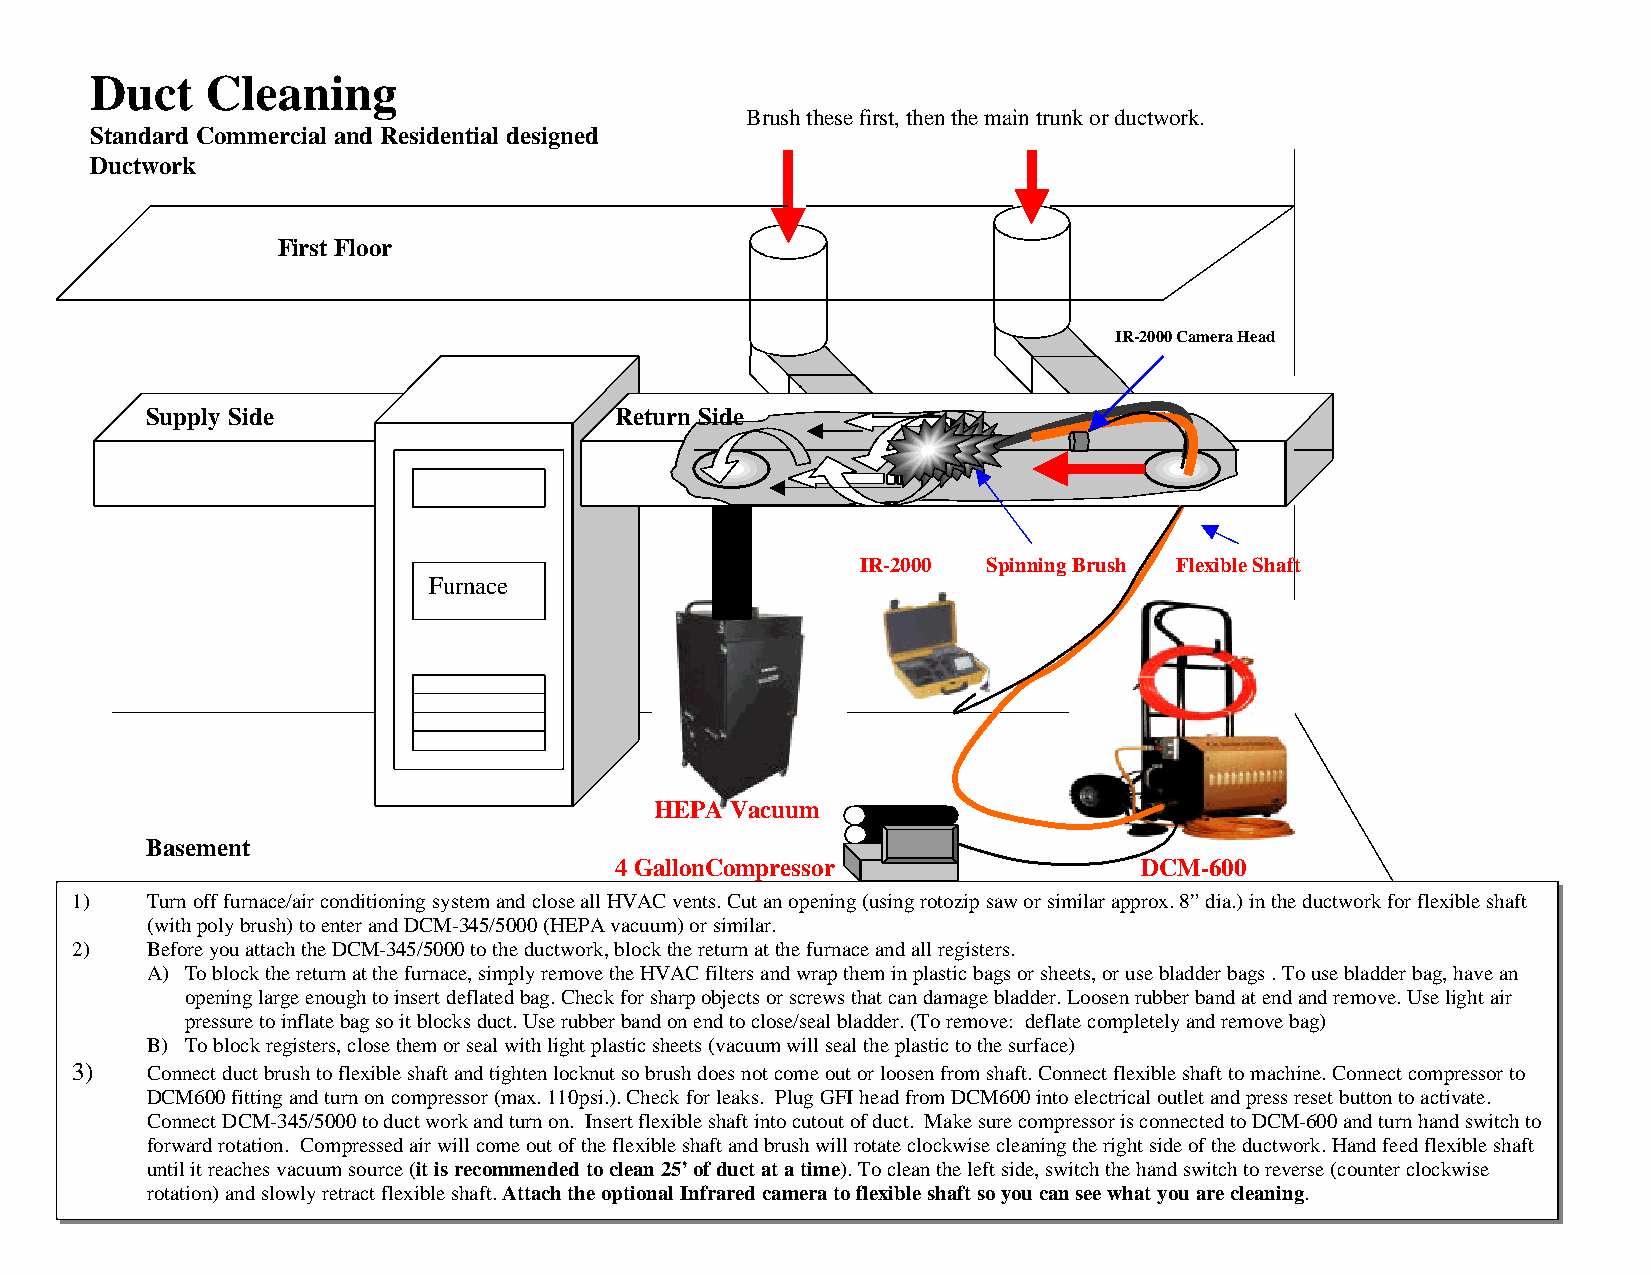
Duct    Cleaning
 Brush these first, then the main trunk or ductwork.
 Standard Commercial and Residential designed
 Ductwork
 First Floor
 IR-2000 Camera Head
 Supply Side                    Return Side
 IR-2000 Spinning Brush Flexible Shaft
 Furnace
 HEPA Vacuum
 Basement
 4 GallonCompressor                DCM-600
 1)   Turn off furnace/air conditioning system and close all HVAC vents. Cut an opening (using rotozip saw or similar approx. 8” dia.) in the ductwork for flexible shaft
 (with poly brush) to enter and DCM-345/5000 (HEPA vacuum) or similar.
 2)   Before you attach the DCM-345/5000 to the ductwork, block the return at the furnace and all registers.
 A) To block the return at the furnace, simply remove the HVAC filters and wrap them in plastic bags or sheets, or use bladder bags . To use bladder bag, have an
 opening large enough to insert deflated bag. Check for sharp objects or screws that can damage bladder. Loosen rubber band at end and remove. Use light air
 pressure to inflate bag so it blocks duct. Use rubber band on end to close/seal bladder. (To remove: deflate completely and remove bag)
 B) To block registers, close them or seal with light plastic sheets (vacuum will seal the plastic to the surface)
 3)   Connect duct brush to flexible shaft and tighten locknut so brush does not come out or loosen from shaft. Connect flexible shaft to machine. Connect compressor to
 DCM600 fitting and turn on compressor (max. 110psi.). Check for leaks. Plug GFI head from DCM600 into electrical outlet and press reset button to activate.
 Connect DCM-345/5000 to duct work and turn on. Insert flexible shaft into cutout of duct. Make sure compressor is connected to DCM-600 and turn hand switch to
 forward rotation. Compressed air will come out of the flexible shaft and brush will rotate clockwise cleaning the right side of the ductwork. Hand feed flexible shaft
 until it reaches vacuum source (it is recommended to clean 25’ of duct at a time). To clean the left side, switch the hand switch to reverse (counter clockwise
 rotation) and slowly retract flexible shaft. Attach the optional Infrared camera to flexible shaft so you can see what you are cleaning.